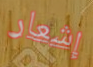
إشعار